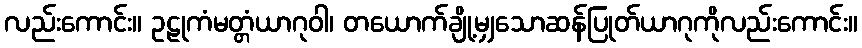
လည်းကောင်း။ ဥဠုကံမတ္တံယာဂုဝါ၊ တယောက်ချို့မျှသောဆန်ပြုတ်ယာဂုကိုလည်းကောင်း။